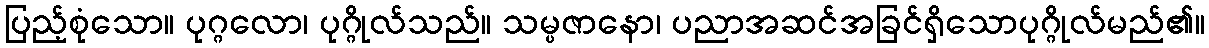
ပြည့်စုံသော။ ပုဂ္ဂလော၊ ပုဂ္ဂိုလ်သည်။ သမ္ပဇာနော၊ ပညာအဆင်အခြင်ရှိသောပုဂ္ဂိုလ်မည်၏။